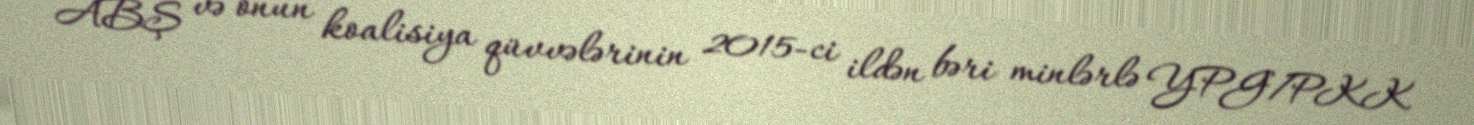
ABŞ və onun koalisiya qüvvələrinin 2015-ci ildən bəri minlərlə YPG/PKK